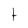
Character: t